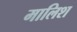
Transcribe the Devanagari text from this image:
मालिश्‍ा